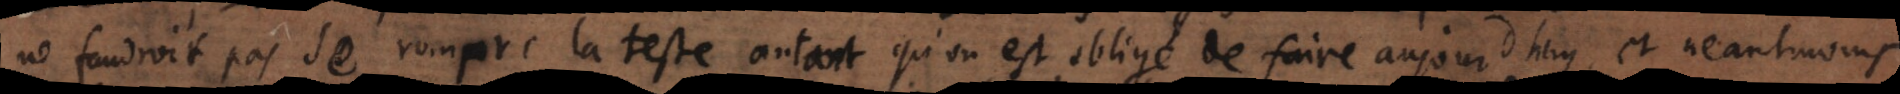
ne faudroit pas se rompre la teste autant qu’on est obligé de faire aujourd’huy, et neantmoins